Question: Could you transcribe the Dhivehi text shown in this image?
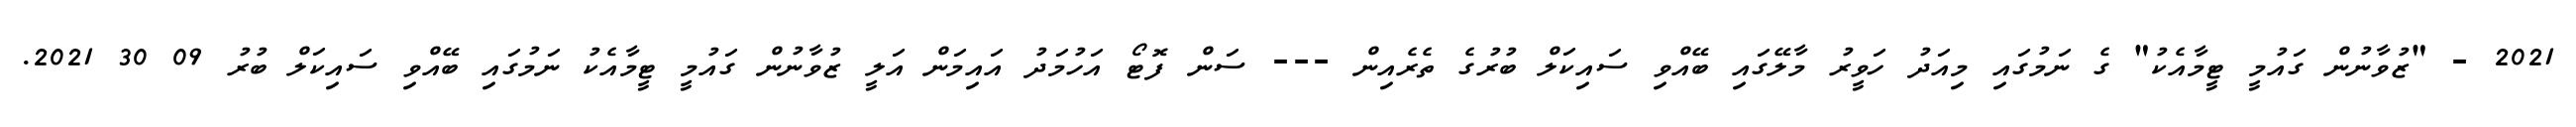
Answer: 2021 - "ޒުވާނުން ގައުމީ ޓީމާއެކު" ގެ ނަމުގައި މިއަދު ހަވީރު މާލޭގައި ބޭއްވި ސައިކަލް ބުރުގެ ތެރެއިން --- ސަން ފޮޓޯ އަހުމަދު އައިމަން އަލީ ޒުވާނުން ގައުމީ ޓީމާއެކު ނަމުގައި ބޭއްވި ސައިކަލް ބުރު 09 30 2021.